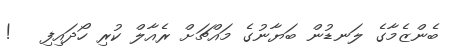
ބެންޒެމާގެ ލަނޑުން ބަޔާނުގެ މައްޗަށް ރެއާލް ކުރި ހޯދައިފި   !